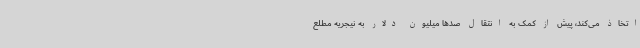
اتخاذ می‌کند، پیش از کمک به انتقال صدها میلیون دلار به نیجریه مطلع